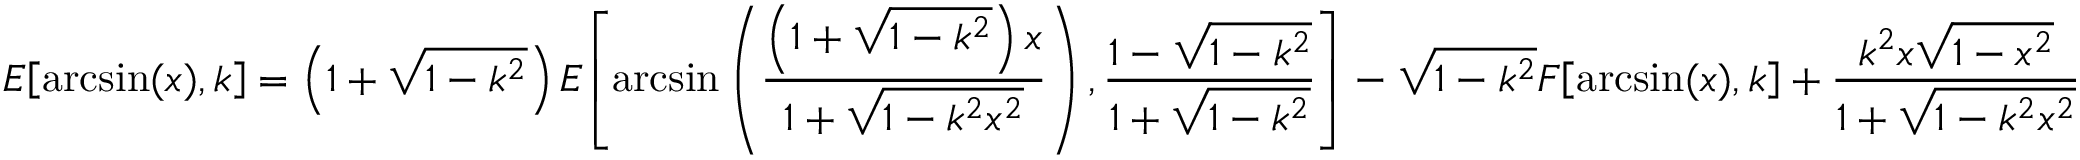
E { \left[ \arcsin ( x ) , k \right] } = \left( 1 + { \sqrt { 1 - k ^ { 2 } } } \right) E { \left[ \arcsin \left( { \frac { \left( 1 + { \sqrt { 1 - k ^ { 2 } } } \right) x } { 1 + { \sqrt { 1 - k ^ { 2 } x ^ { 2 } } } } } \right) , { \frac { 1 - { \sqrt { 1 - k ^ { 2 } } } } { 1 + { \sqrt { 1 - k ^ { 2 } } } } } \right] } - { \sqrt { 1 - k ^ { 2 } } } F { \left[ \arcsin ( x ) , k \right] } + { \frac { k ^ { 2 } x { \sqrt { 1 - x ^ { 2 } } } } { 1 + { \sqrt { 1 - k ^ { 2 } x ^ { 2 } } } } }